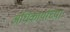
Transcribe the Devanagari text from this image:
अधिकार्याच्या